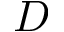
D